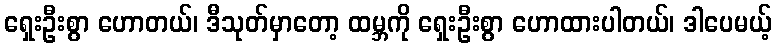
ရှေးဦးစွာ ဟောတယ်၊ ဒီသုတ်မှာတော့ ထမ္ဘကို ရှေးဦးစွာ ဟောထားပါတယ်၊ ဒါပေမယ့်